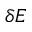
\delta E